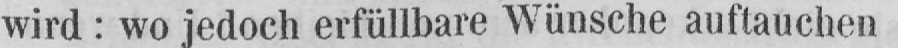
wird: wo jedoch erfüllbare Wünsche auftauchen